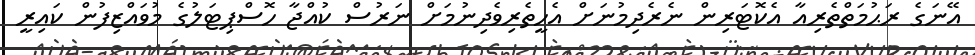
އޭނަގެ ރަޙުމަތްތެރިއާ އެކޮޓަރިން ނެރެދިމުނަށް އެހީތެރިވެދިނުމަށް ނަރުސް ކުއްޖާ ހޮސްޕިޓަލުގެ މުވައްޒިފުން ކައިރީ